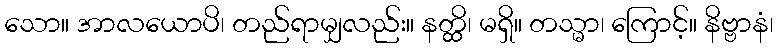
သော။ အာလယောပိ၊ တည်ရာမျှလည်း။ နတ္ထိ၊ မရှိ။ တသ္မာ၊ ကြောင့်။ နိဗ္ဗာနံ၊